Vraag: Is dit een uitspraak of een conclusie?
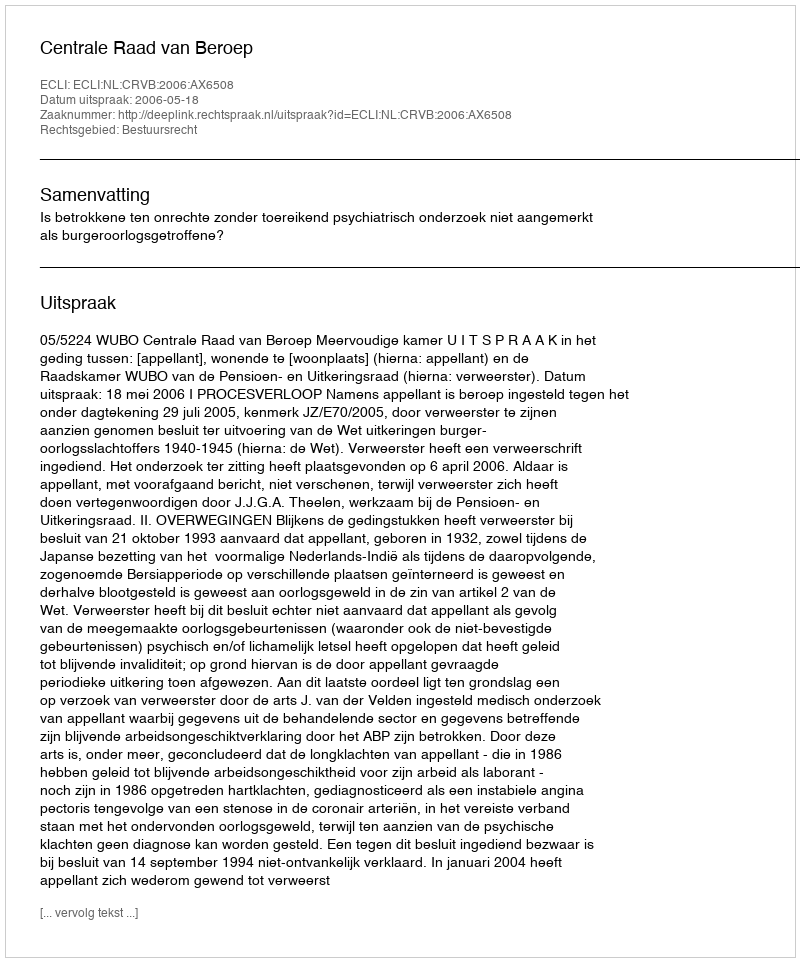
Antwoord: Uitspraak